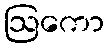
ဩကော